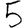
Digit: 5